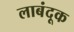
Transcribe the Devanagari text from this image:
लाबंदूक